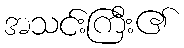
အသင်းကြီး၏